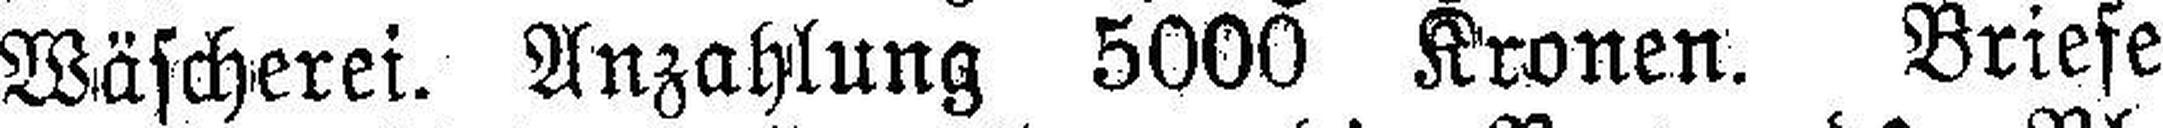
Wäscherei. Anzahlung 5000 Kronen. Briefe